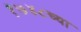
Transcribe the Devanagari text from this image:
१७४८च्या